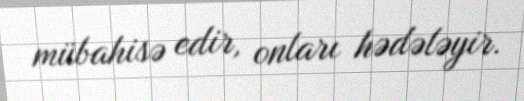
mübahisə edir, onları hədələyir.